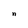
Character: n